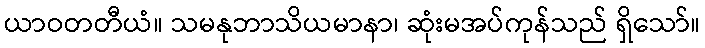
ယာဝတတီယံ။ သမနုဘာသိယမာနာ၊ ဆုံးမအပ်ကုန်သည် ရှိသော်။